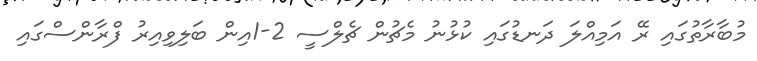
މުބާރާތުގައި ރޭ އަމިއްލަ ދަނޑުގައި ކުޅުނު މެޗުން ޗެލްސީ 2-1އިން ބަލިވިއިރު ފްރާންސްގައި